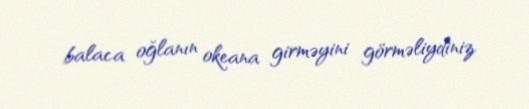
balaca oğlanın okeana girməyini görməliydiniz.